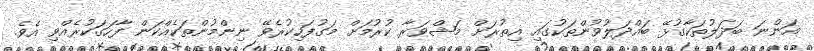
އަންނަ ބަދަލުތަކާގުޅޭ ބައްދަލުވުންތަކުގައި އިތުރަށް މަޝްވަރާ ކުރުމަށް މަގުފަހިކުރެވޭ ނިންމުންތަކެއްކަން ފާހަގަކުރެއްވި އެވެ.